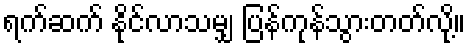
ရက်ဆက် နိုင်လာသမျှ ပြန်ကုန်သွားတတ်လို့။